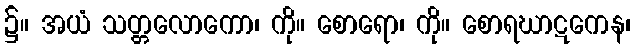
၌။ အယံ သတ္တလောကော၊ ကို။ စောရော၊ ကို။ စောရဃာဋကေန၊